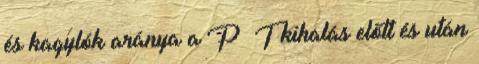
és kagylók aránya a P T kihalás előtt és után